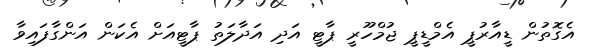
އެގޮތުން ޑީއާރުޕީ އެމްޑީޕީ ޖުމްހޫރީ ޕާޓީ އަދި އަދާލަތު ޕާޓީއަށް އެކަން އަންގާފައިވާ